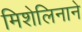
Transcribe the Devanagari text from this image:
मिशेलिनाने